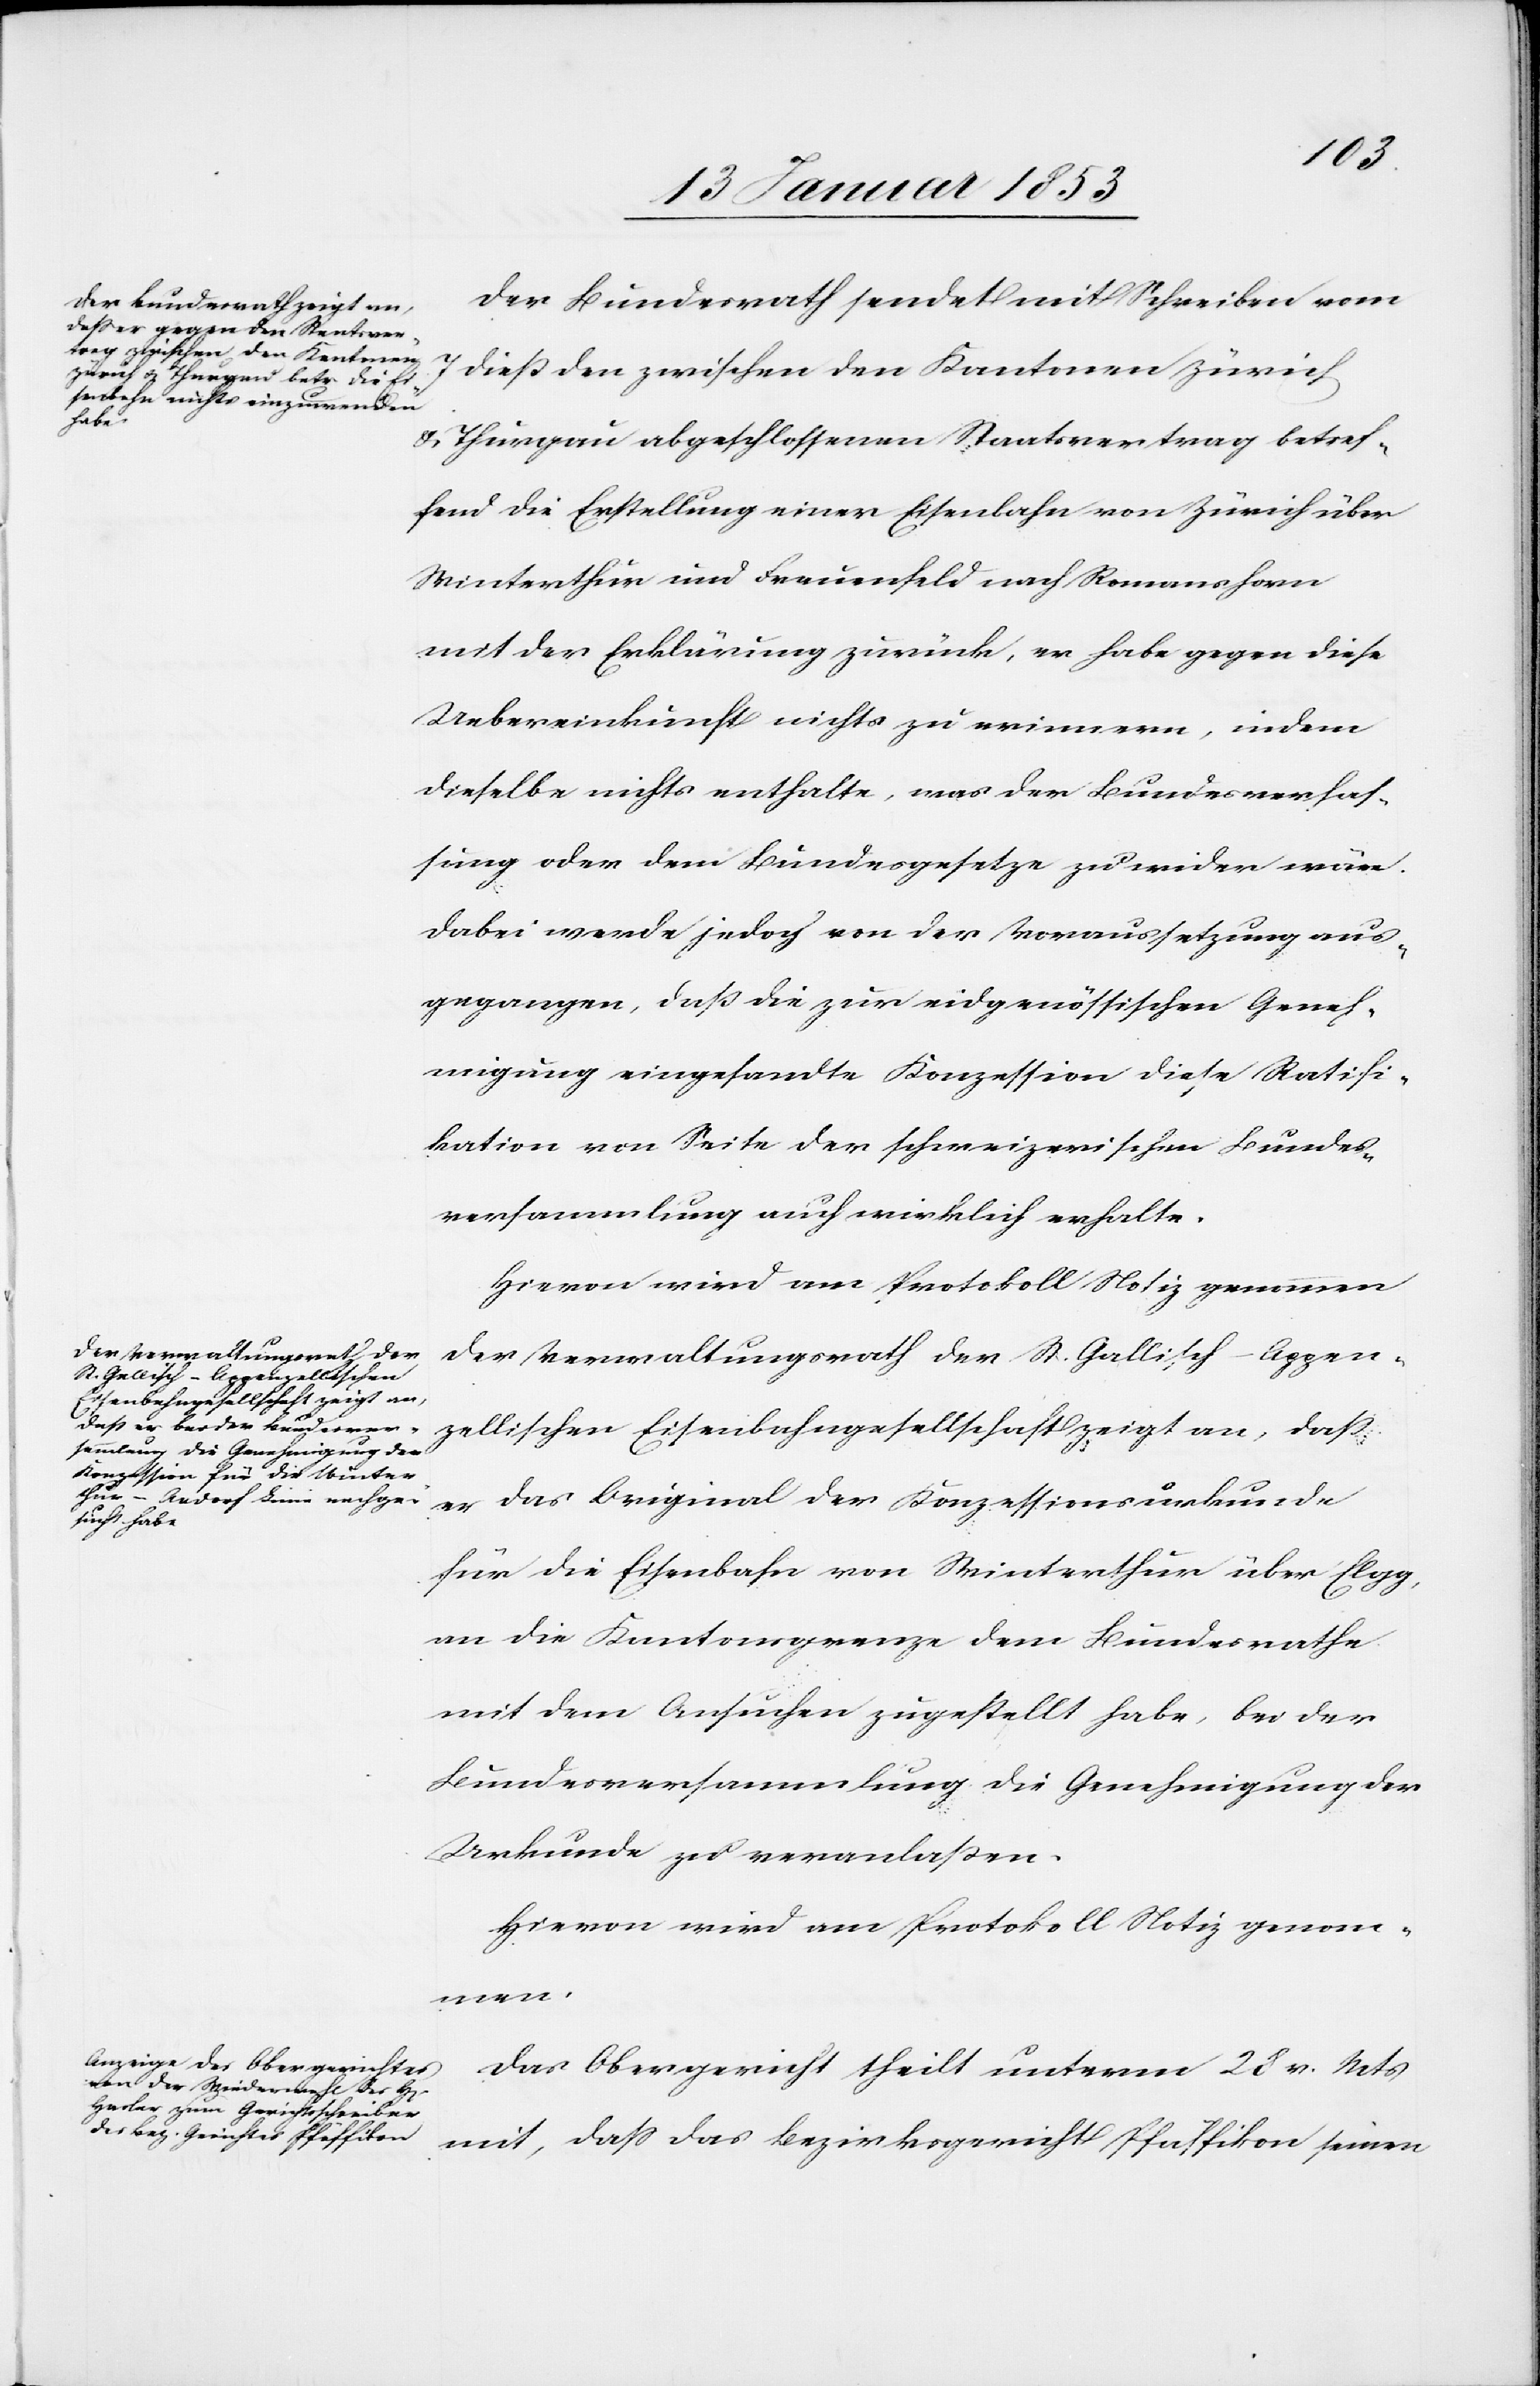
Der Bundesrath sendet mit Schreiben vom
7 dieß den zwischen den Kantonen Zürich
u. Thurgau abgeschlossenen Staatsvertrag betref¬
fend die Erstellung einer Eisenbahn von Zürich über
Winterthur und Frauenfeld nach Romanshorn
mit der Erklärung zurück, er habe gegen diese
Uebereinkunft nichts zu erinnern, indem
dieselbe nichts enthalte, was der Bundesverfas¬
sung oder dem Bundesgesetze zu wider wäre.
Dabei werde jedoch von der Voraussetzung aus¬
gegangen, daß die zur eidgenössischen Geneh¬
migung eingesandte Konzession diese Ratifi¬
kation von Seite der schweizerischen Bundes¬
versammlung auch wirklich erhalte.
Der Verwaltungsrath der St. Gallisch-Appen¬
zellischen Eisenbahngesellschaft zeigt an, da
er das Original der Konzessionsurkunde
für die Eisenbahn von Winterthur über Elgg,
an die Kantonsgrenze dem Bundesrathe
mit dem Ansuchen zugestellt habe, bei der
Bundesversammlung die Genehmigung der
Urkunde zu veranlaßen.
Hievon wir am Protokoll Notiz genom¬
men.
Das Obergericht theilt unterm 28 v. Mts.
mit, daß das Bezirksgericht Pfäffikon, seinen